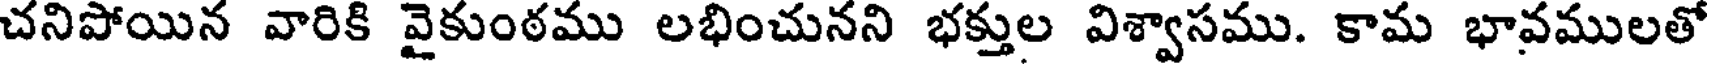
చనిపోయిన వారికి వైకుంఠము లభించునని భక్తుల విశ్వాసము. కామ భావములతో